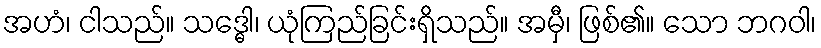
အဟံ၊ ငါသည်။ သဒ္ဓေါ၊ ယုံကြည်ခြင်းရှိသည်။ အမှီ၊ ဖြစ်၏။ သော ဘဂဝါ၊